Insane asylums in Bengal annual reports 1876-1887 - 1876-1887
Year: 1876
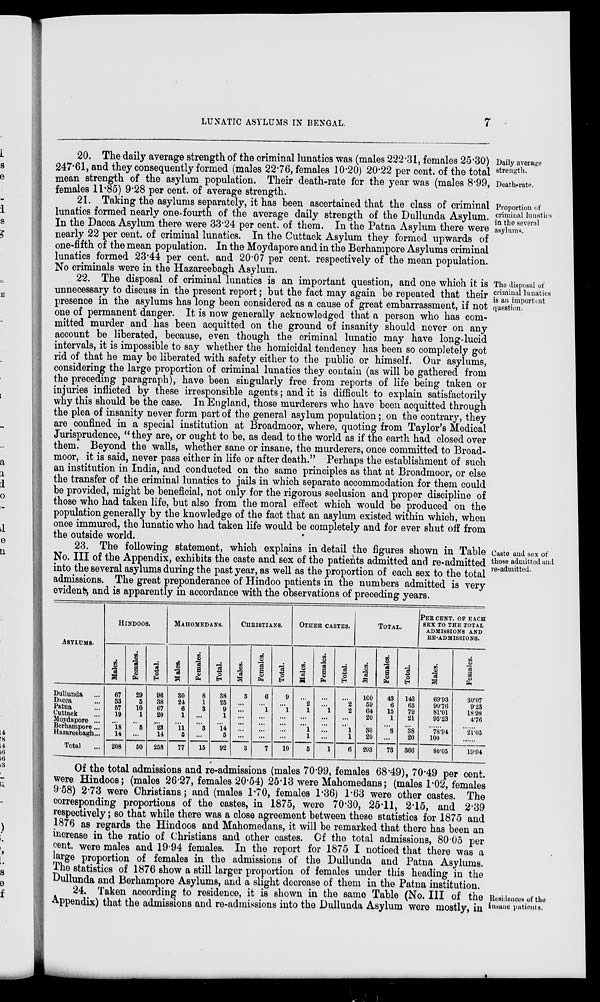
LUNATIC ASYLUMS IN BENGAL.
7
Daily average
strength.
Death-rate.
20. The daily average strength of the criminal lunatics was (males 222.31, females 25.30)
247.61, and they consequently formed (males 22.76, females 10.20) 20.22 per cent. of the total
mean strength of the asylum population. Their death-rate for the year was (males 8.99,
females 11.85) 9.28 per cent. of average strength.
Proportion of
criminal lunatics
in the several
asylums.
21. Taking the asylums separately, it has been ascertained that the class of criminal
lunatics formed nearly one-fourth of the average daily strength of the Dullunda Asylum.
In the Dacca Asylum there were 33.24 per cent. of them. In the Patna Asylum there were
nearly 22 per cent. of criminal lunatics. In the Cuttack Asylum they formed upwards of
one-fifth of the mean population. In the Moydapore and in the Berhampore Asylums criminal
lunatics formed 23.44 per cent. and 20.07 per cent. respectively of the mean population.
No criminals were in the Hazareebagh Asylum.
The disposal of
criminal lunatics
is an important
question.
22. The disposal of criminal lunatics is an important question, and one which it is
unnecessary to discuss in the present report; but the fact may again be repeated that their
presence in the asylums has long been considered as a cause of great embarrassment, if not
one of permanent danger. It is now generally acknowledged that a person who has com-
mitted murder and has been acquitted on the ground of insanity should never on any
account be liberated, because, even though the criminal lunatic may have long-lucid
intervals, it is impossible to say whether the homicidal tendency has been so completely got
rid of that he may be liberated with safety either to the public or himself. Our asylums,
considering the large proportion of criminal lunatics they contain (as will be gathered from
the preceding paragraph), have been singularly free from reports of life being taken or
injuries inflicted by these irresponsible agents; and it is difficult to explain satisfactorily
why this should be the case. In England, those murderers who have been acquitted through
the plea of insanity never form part of the general asylum population ; on the contrary, they
are confined in a special institution at Broadmoor, where, quoting from Taylor's Medical
Jurisprudence, “ they are, or ought to be, as dead to the world as if the earth had closed over
them. Beyond the walls, whether sane or insane, the murderers, once committed to Broad-
moor, it is said, never pass either in life or after death.” Perhaps the establishment of such
an institution in India, and conducted on the same principles as that at Broadmoor, or else
the transfer of the criminal lunatics to jails in which separate accommodation for them could
be provided, might be beneficial, not only for the rigorous seclusion and proper discipline of
those who had taken life, but also from the moral effect which would be produced on the
population generally by the knowledge of the fact that an asylum existed within which, when
once immured, the lunatic who had taken life would be completely and for ever shut off from
the outside world.
Caste and sex of
those admitted and
re-admitted.
23. The following statement, which explains in detail the figures shown in Table
No. III of the Appendix, exhibits the caste and sex of the patients admitted and re-admitted
into the several asylums during the past year, as well as the proportion of each sex to the total
admissions. The great preponderance of Hindoo patients in the numbers admitted is very
evident, and is apparently in accordance with the observations of preceding years
ASYLUMS.
Dullunda ...
Dacca ...
Patna ...
Cuttack ...
Moydapore ...
Berhampore ...
Hazareebagh...
Total ...
HINDOOS.
Males.
67
33
57
19
...
18
14
208
Females.
29
5
10
1
...
5
...
50
Total.
96
38
67
20
...
23
14
258
MAHOMEDANS.
Males.
30
24
6
1
...
11
5
77
Females.
8
1
3
...
...
3
...
15
Total.
38
25
9
1
...
14
5
92
CHRISTIANS.
Males.
3
...
...
...
...
...
...
3
Females.
6
...
1
...
...
...
...
7
Total.
9
...
1
...
...
...
...
10
OTHER CASTES.
Males.
...
2
1
...
...
1
1
5
Females.
...
...
1
...
...
...
...
1
Total.
...
2
2
...
...
1
1
6
TOTAL.
Males.
160
59
64
20
...
30
20
293
Females.
43
6
15
1
...
8
...
73
Total.
143
65
79
21
...
38
20
366
PER CENT. OF EACH
SEX TO THE TOTAL
ADMISSIONS AND
RE-ADMISSIONS.
Males.
69.93
90.76
81.01
95.23
...
78.94
100
80.05
Females.
30.07
9.23
18.98
4.76
...
21.05
...
19.94
Of the total admissions and re-admissions (males 70.99, females 68.49), 70.49 per cent.
were Hindoos; (males 26.27, females 20.54) 25.13 were Mahomedans; (males 1.02, females
9.58) 2.73 were Christians; and (males 1.70, females 1.36) 1.63 were other castes. The
corresponding proportions of the castes, in 1875, were 70.30, 25.11, 2.15, and 2.39
respectively; so that while there was a close agreement between these statistics for 1875 and
1876 as regards the Hindoos and Mahomedans, it will be remarked that there has been an
increase in the ratio of Christians and other castes. Of the total admissions, 80.05 per
cent. were males and 19.94 females. In the report for 1875 I noticed that there was a
large proportion of females in the admissions of the Dullunda and Patna Asylums.
The statistics of 1876 show a still larger proportion of females under this heading in the
Dullunda and Berhampore Asylums, and a slight decrease of them in the Patna institution.
Residences of the
insane patients.
24. Taken according to residence, it is shown in the same Table (No. III of the
Appendix) that the admissions and re-admissions into the Dullunda Asylum were mostly, in